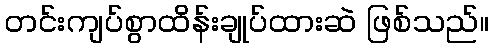
တင်းကျပ်စွာထိန်းချုပ်ထားဆဲ ဖြစ်သည်။